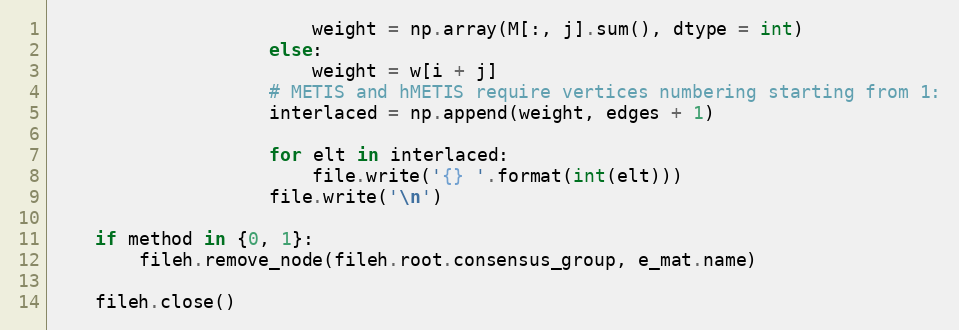
Language: Python
                        weight = np.array(M[:, j].sum(), dtype = int)
                    else:
                        weight = w[i + j]
                    # METIS and hMETIS require vertices numbering starting from 1:
                    interlaced = np.append(weight, edges + 1)

                    for elt in interlaced:
                        file.write('{} '.format(int(elt)))
                    file.write('\n')

    if method in {0, 1}:
        fileh.remove_node(fileh.root.consensus_group, e_mat.name)

    fileh.close()